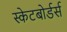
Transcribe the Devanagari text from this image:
स्केटबोर्डर्स